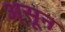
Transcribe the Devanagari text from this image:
अ्सून